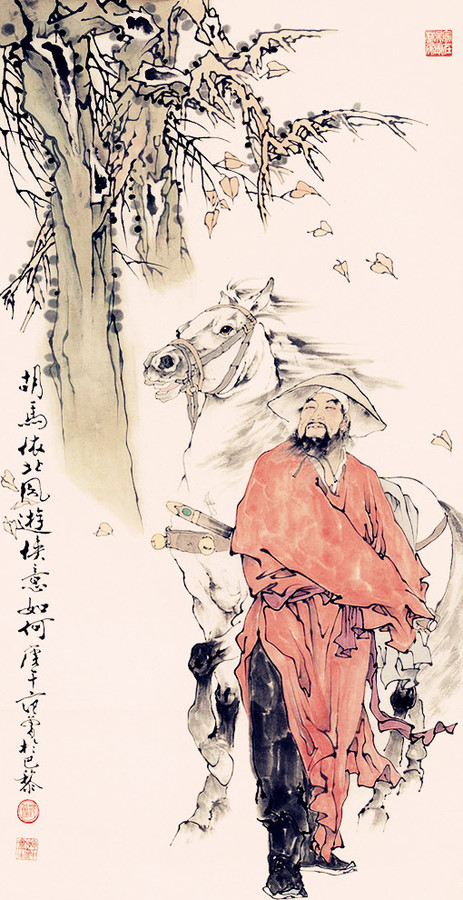
汉家君臣欢宴终，高议云台论战功。